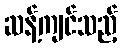
ဆန့်ကျင်သည့်